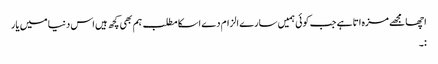
اچھا مجھے مزہ اتا ہے جب کوئی ہمیں سارے الزام دے اسکا مطلب ہم بھی کچھ ہیں اس دنیا میں یار
:۔